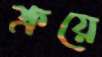
ক্রয়ে